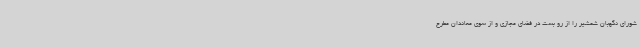
شورای نگهبان شمشیر را از رو بست در فضای مجازی و از سوی معاندان مطرح